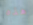
هذه